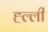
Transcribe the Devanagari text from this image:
ह्ल्ली